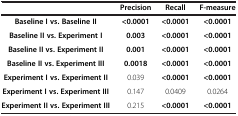
|  | Precision | Recall | F-measure |
 | --- | --- | --- | --- |
 | Baseline I vs. Baseline II | <0.0001 | <0.0001 | <0.0001 |
 | Baseline II vs. Experiment I | 0.003 | <0.0001 | <0.0001 |
 | Baseline II vs. Experiment II | 0.001 | <0.0001 | <0.0001 |
 | Baseline II vs. Experiment III | 0.0018 | <0.0001 | <0.0001 |
 | Experiment I vs. Experiment II | 0.039 | <0.0001 | <0.0001 |
 | Experiment I vs. Experiment III | 0.147 | 0.0409 | 0.0264 |
 | Experiment II vs. Experiment III | 0.215 | <0.0001 | <0.0001 |